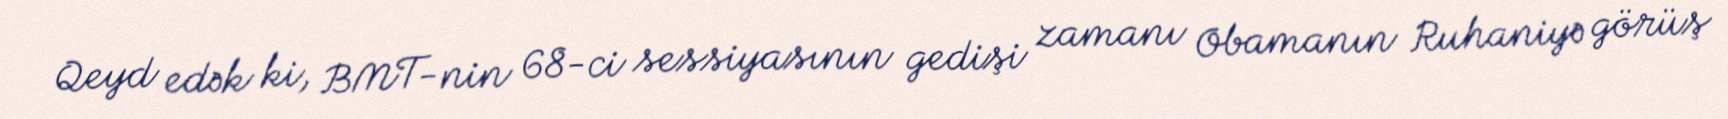
Qeyd edək ki, BMT-nin 68-ci sessiyasının gedişi zamanı Obamanın Ruhaniyə görüş